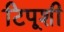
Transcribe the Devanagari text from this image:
टिपूशी